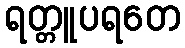
ရတ္တူပရတေ